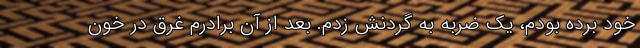
خود برده بودم، یک ضربه‌ به گردنش زدم. بعد از آن برادرم غرق در خون